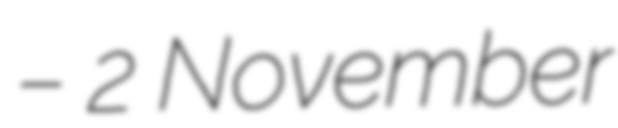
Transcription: – 2 November